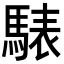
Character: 𩤕